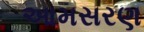
આમસરણ